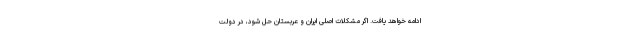
ادامه خواهد یافت. اگر مشکلات اصلی ایران و عربستان حل شود، در دولت